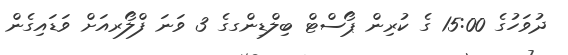
ދުވަހުގެ 15:00 ގެ ކުރިން ޕޯސްޓް ބިލްޑިންގގެ 3 ވަނަ ފްލޯރއަށް ވަޑައިގެން